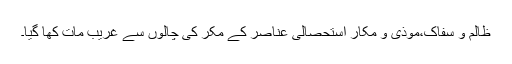
ظالم و سفاک،موذی و مکار استحصالی عناصر کے مکر کی چالوں سے غریب مات کھا گیا۔